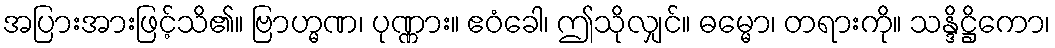
အပြားအားဖြင့်သိ၏။ ဗြာဟ္မဏ၊ ပုဏ္ဏား။ ဧဝံခေါ၊ ဤသိုလျှင်။ ဓမ္မော၊ တရားကို။ သန္ဒိဋ္ဌိကော၊